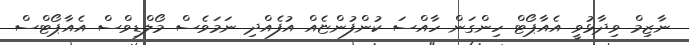
ނާޒިމް ވިދާޅުވީ އެއާޕޯޓް ހިންގަން ހާއްސަ ކުންފުންޏެއް އުފެއްދި ނަމަވެސް މޯލްޑިވްސް އެއާޕޯޓްސް